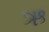
ઋ